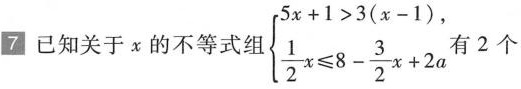
7 已知关于x的不等式组$$\begin{cases}